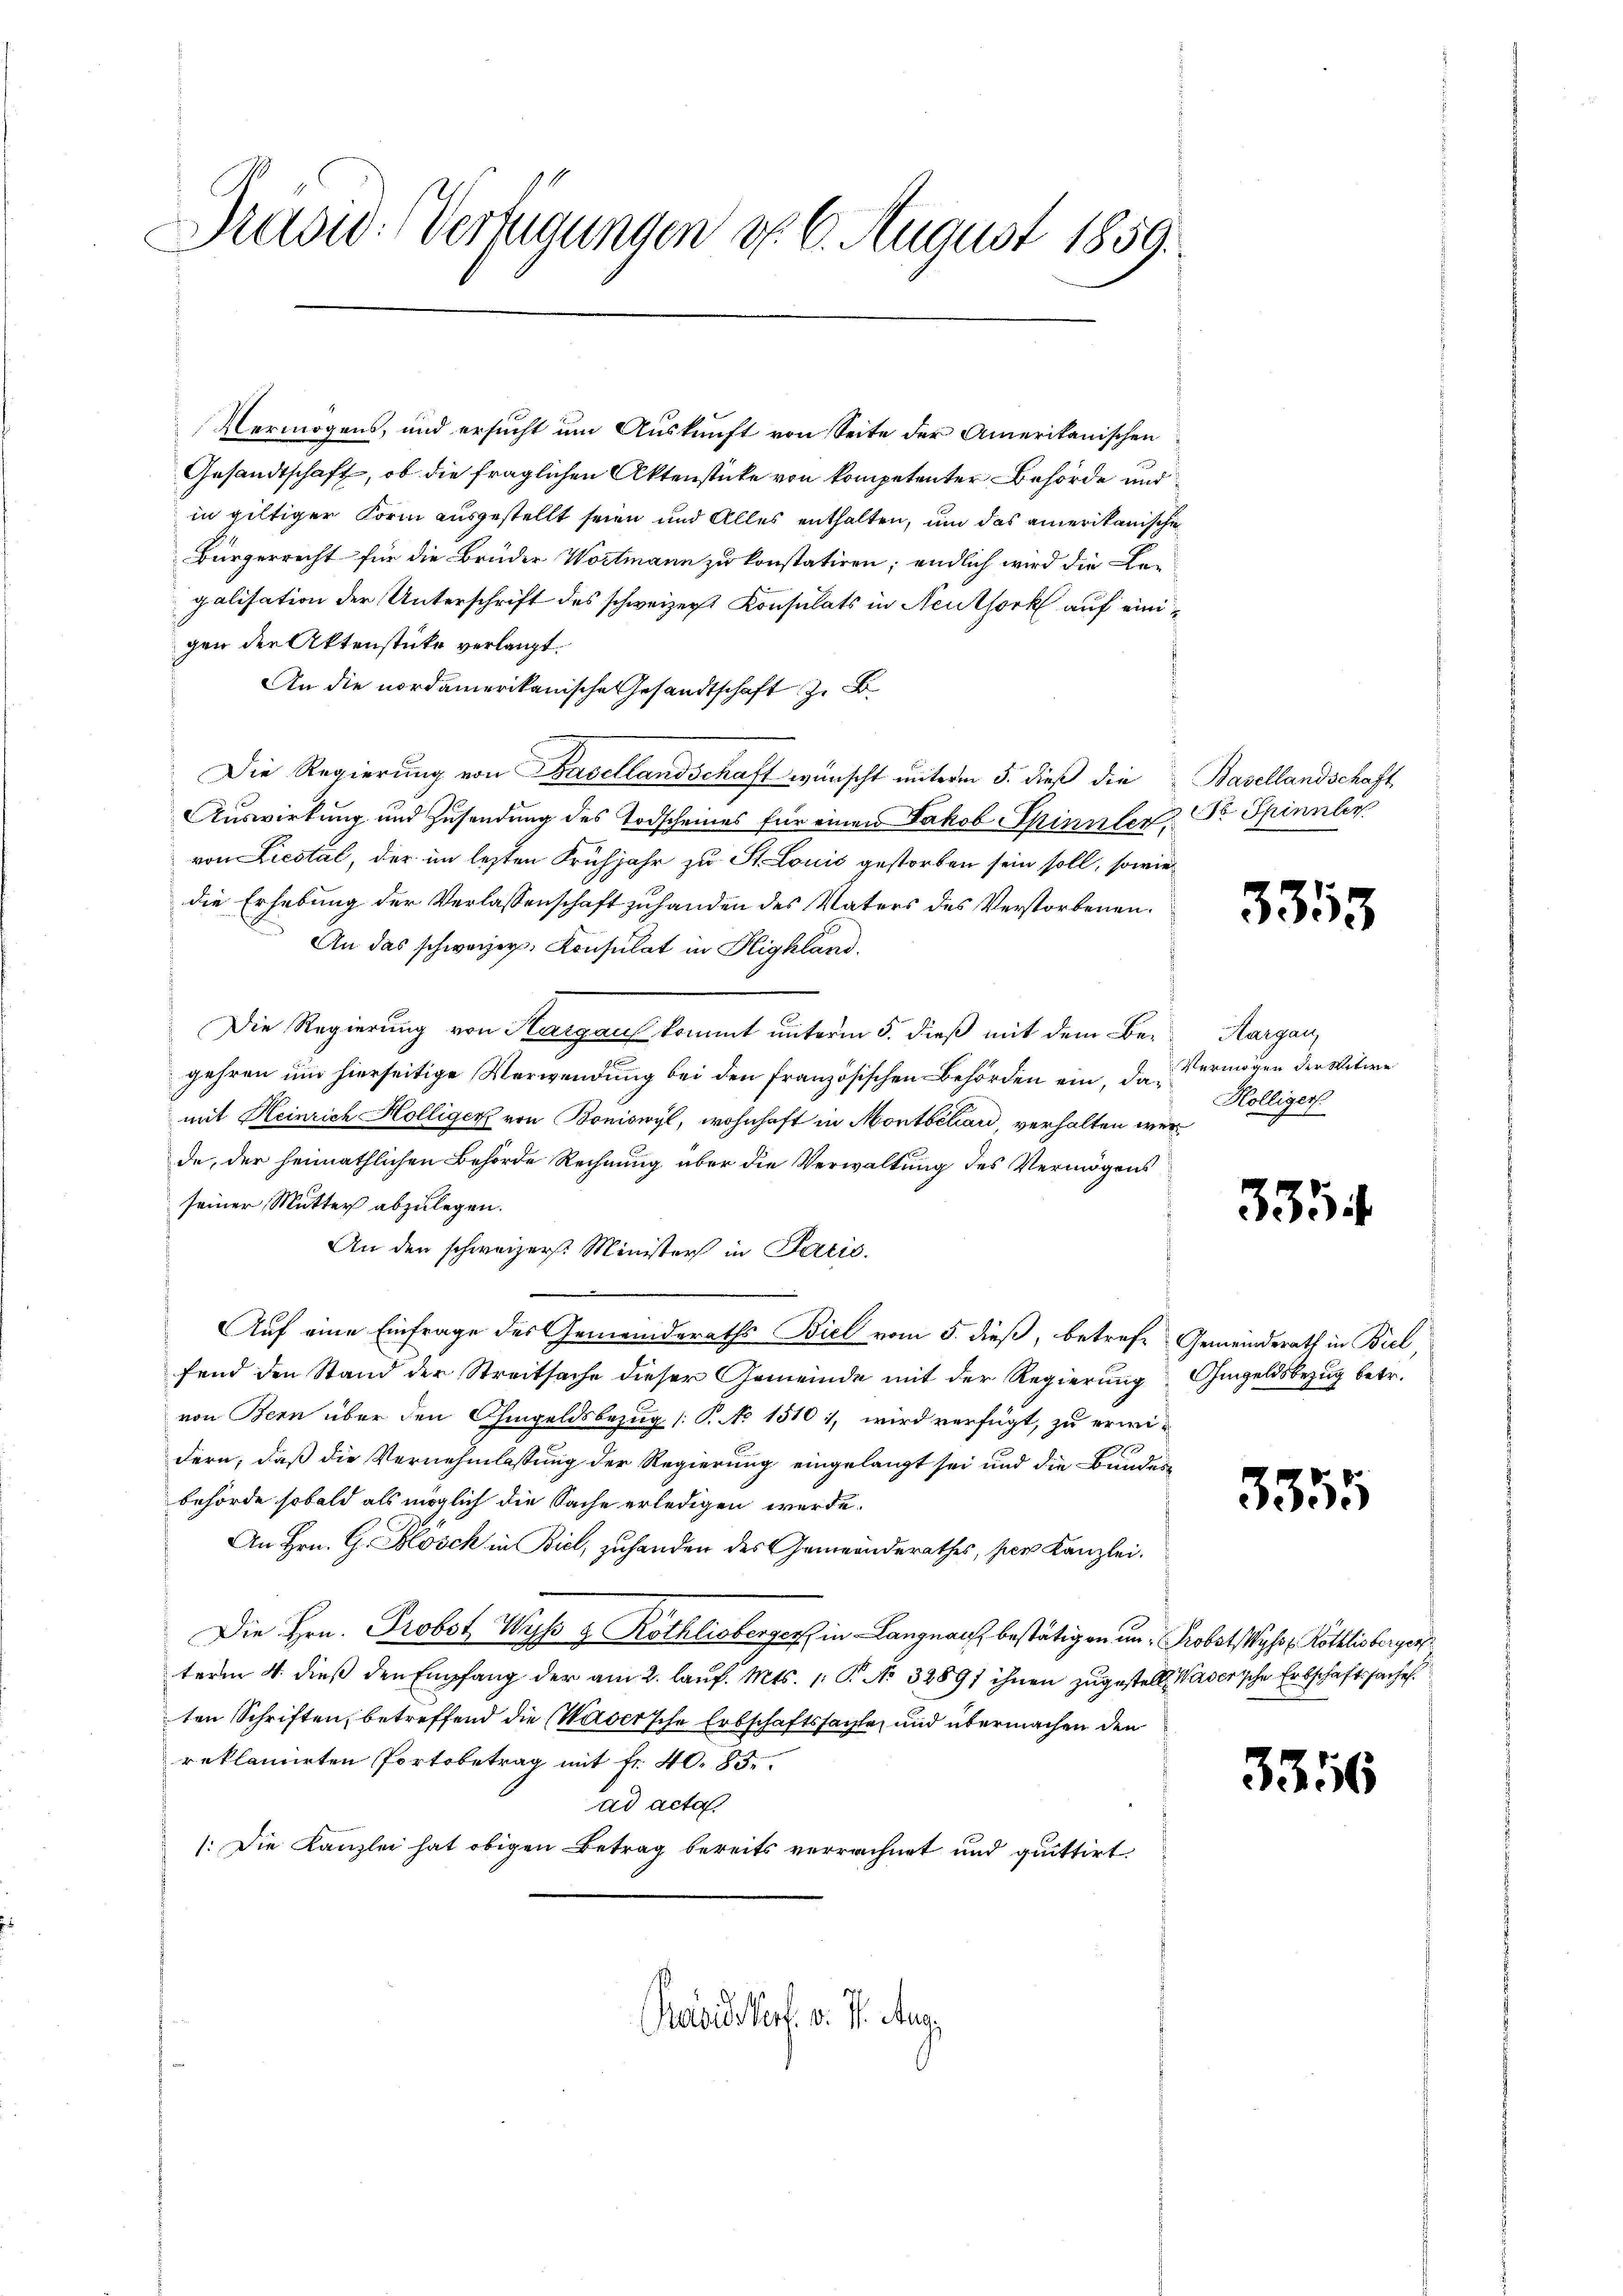
Präsid: Verfügungen d. 6. August 1859.

Vermögens, und ersucht um Auskunft von Seite der Amerikanischen
Gesandtschaft, ob die fraglichen Aktenstücke von kompetenter Behörde und
in giltiger Form ausgestellt seien und Alles enthalten, um das amerikanischie
Bürgerrecht für die Brüder Wortmann zu konstatiren; endlich wird die Legalisation der Unterschrift des schweizer Konsulats in Neuthork auf einigen der Aktenstücke verlangt.
An die nordamerikanische Gesandtschaft zu Fr
 Die Regierung von Basellandschaft wünscht unterm 5. dieß die Basellandschaft
Auswirkung und Zusendung des Todscheines für einen Jakob Spinner, Dr. Spinner
von Liestal, der im lezten Frühjahr zu St. Louis gestorben sein soll, sowie
die Erhebung der Verlassenschaft zuhanden des Vaters des Verstorbenen.
An das schweizer. Konsulat in Highland.
Die Regierung von Aargauf kommt unterm 5. dieß mit dem Ber-Aargau,
gehren um hierseitige Verwendung bei den französischen Behörden ein, das Kölliger
mit Heinrich Hölliger von Boniswyl, wohnhaft in Montbehard, verhalten wer
de, der heimathlichen Behörde Rechnung über die Verwaltung des Vermögens
seiner Mutter abzulegen.
An den schweizers. Minister in Paris.
Auf eine Einfrage des Gemeinderaths Biel vom 5. dieß, betrefe Gemeinderath in Biel,
fend den Stand der Streitsache dieser Gemeinde mit der Regierung Ohmgeldsbezug betr.
von Bern über den Ohmgeldsbezug (T. No 15101, wird verfügt, zu erwidern, daß die Vernehmlassung der Regierung eingelangt sei und die Bundes
behörde sobald als möglich die Sache erledigen werde.
An Hrn. G. Blösch in Biel, zuhanden des Gemeinderathes, pers Kanzlei.
Die Hrn. Probst Wyss & Röthlisberger in Langnau bestätigen und Probst Wyss Röthlisberger
term 4. dieß den Empfang der am 2. Lauf. Mts. 1. P. No. 32891 ihnen zugestell. Wasersche Erbschaftssaches
ten Schriften, betreffend die Wasersche Erbschaftssachte, und übermachen den
reklamirten Portobetrag mit fr. 40. 85.
ad acta.
(: Die Kanzlei hat obigen Betrag bereits verrechnet und quittirt.
Pasistorf. v. J. Aug.

3353

Vermögen der Witwe

335

3355

3356